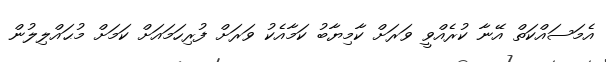
އެމަސައްކަތް އޭނާ ކުރެއްވީ ވަރަށް ކާމިޔާބު ކަމާއެކު ވަރަށް ފުރިހަމައަށް ކަމަށް މުޙައްލިލުން